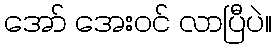
အော် အေးဝင် လာပြီပဲ။